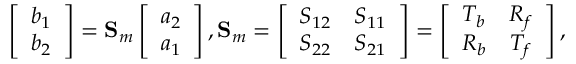
\left[ \begin{array} { l } { b _ { 1 } } \\ { b _ { 2 } } \end{array} \right] = \mathbf { S } _ { m } \left[ \begin{array} { l } { a _ { 2 } } \\ { a _ { 1 } } \end{array} \right] , \mathbf { S } _ { m } = \left[ \begin{array} { c c } { S _ { 1 2 } } & { S _ { 1 1 } } \\ { S _ { 2 2 } } & { S _ { 2 1 } } \end{array} \right] = \left[ \begin{array} { c c } { T _ { b } } & { R _ { f } } \\ { R _ { b } } & { T _ { f } } \end{array} \right] ,